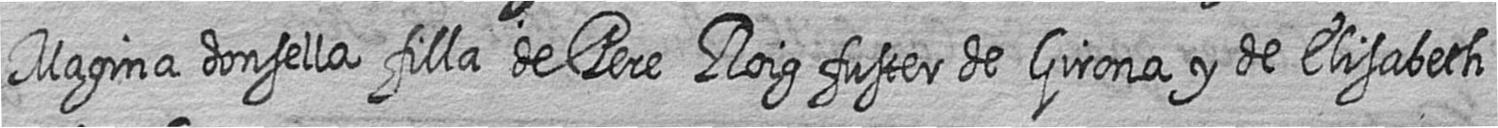
Magina donsella filla de Pere Roig fuster de Girona y de Elisabeth